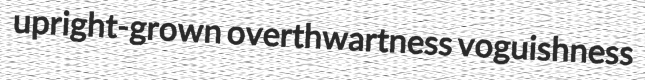
upright-grown overthwartness voguishness